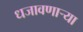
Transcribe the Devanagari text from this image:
धजावणाऱ्या